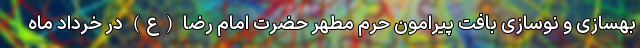
بهسازی و نوسازی بافت پیرامون حرم مطهر حضرت امام رضا (ع) در خرداد ماه